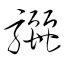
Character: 驪